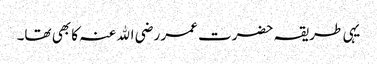
یہی طریقہ حضرت عمر رضی اﷲ عنہ کا بھی تھا۔